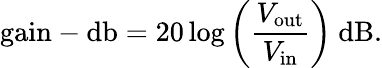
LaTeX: {\mathrm{gain-db}}=20\log\left({\frac{V_{\mathrm{out}}}{V_{\mathrm{in}}}}\right)~{\mathrm{dB}}.